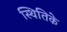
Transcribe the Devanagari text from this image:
स्थितिके